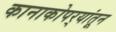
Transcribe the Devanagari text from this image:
कानाकोपर्‍यांतून